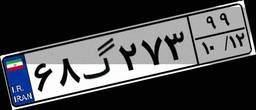
۶۸گ۲۷۳۹۹